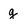
Character: g